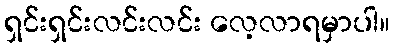
ရှင်းရှင်းလင်းလင်း လေ့လာရမှာပါ။